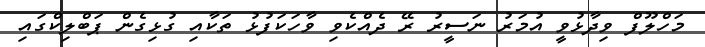
މަހްލޫފް ވިދާޅުވީ އުމަރު ނަސީރު ރޭ ދެއްކެވި ވާހަކަފުޅު ތަކާއި ގުޅިގެން ޕަބްލިކްގައި